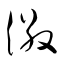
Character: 徽